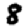
Digit: 8